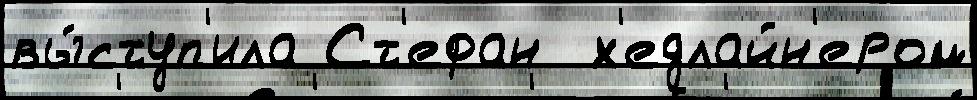
вы́ступ'ила Ст'ефан  х'едлайн'ером